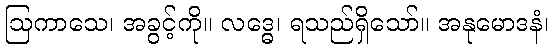
ဩကာသေ၊ အခွင့်ကို။ လဒ္ဓေ၊ ရသည်ရှိသော်။ အနုမောဒနံ၊